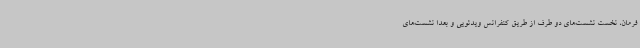
فرمان، نخست نشست‌های دو طرف از طریق کنفرانس ویدئویی و بعدا نشست‌های